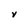
Character: V